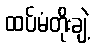
ထပ်မံတိုးချဲ့